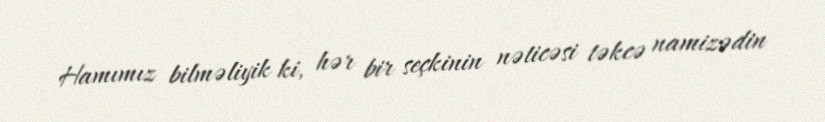
Hamımız bilməliyik ki, hər bir seçkinin nəticəsi təkcə namizədin